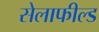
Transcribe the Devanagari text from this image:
सेलाफील्ड